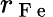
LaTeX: r_{\mathrm{~F~e~}}